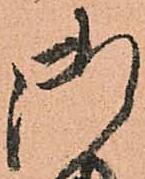
御